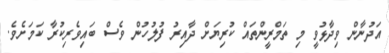
އަދުނާން ވިދާޅުވީ މި ތަމްރީންތައް ކުރިޔަށް ދާއިރު ފުލުހުން ވެސް ބައިވެރިކުރާ ކަމަށެވެ.